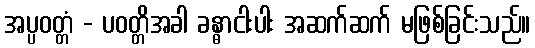
အပ္ပဝတ္တံ - ပဝတ္တိအခါ ခန္ဓာငါးပါး အဆက်ဆက် မဖြစ်ခြင်းသည်။